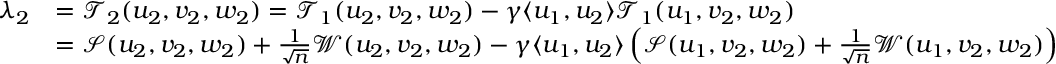
\begin{array} { r l } { \lambda _ { 2 } } & { = { \mathcal { T } } _ { 2 } ( u _ { 2 } , v _ { 2 } , w _ { 2 } ) = { \mathcal { T } } _ { 1 } ( u _ { 2 } , v _ { 2 } , w _ { 2 } ) - { \gamma } \langle u _ { 1 } , u _ { 2 } \rangle { \mathcal { T } } _ { 1 } ( u _ { 1 } , v _ { 2 } , w _ { 2 } ) } \\ & { = { \mathcal { S } } ( u _ { 2 } , v _ { 2 } , w _ { 2 } ) + \frac { 1 } { \sqrt n } { \mathcal { W } } ( u _ { 2 } , v _ { 2 } , w _ { 2 } ) - { \gamma } \langle u _ { 1 } , u _ { 2 } \rangle \left( { \mathcal { S } } ( u _ { 1 } , v _ { 2 } , w _ { 2 } ) + \frac { 1 } { \sqrt n } { \mathcal { W } } ( u _ { 1 } , v _ { 2 } , w _ { 2 } ) \right) } \end{array}